Annual statistical returns and brief notes on vaccination in Bengal - 1909-1929
Year: 1909
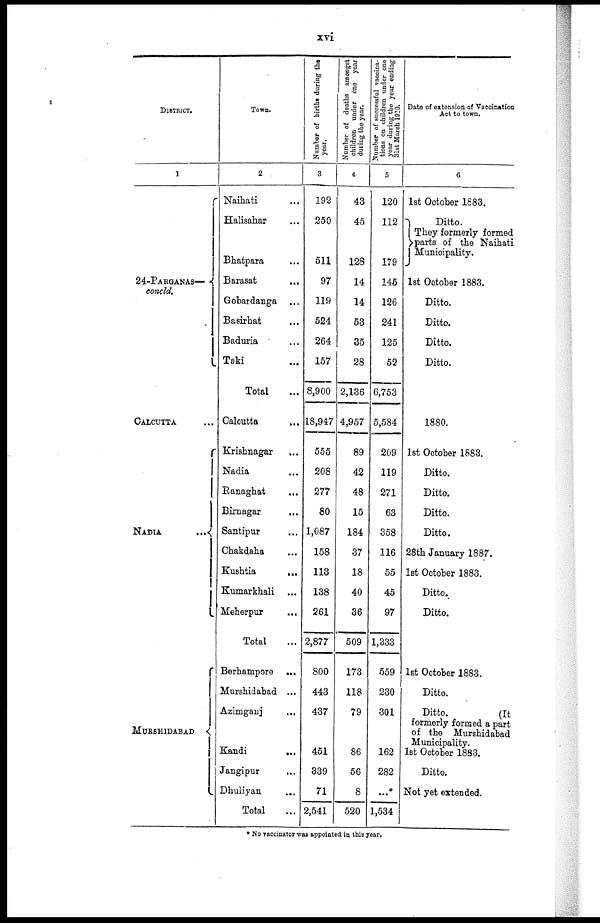
xvi
DISTRICT.
1
24-PARGANAS—
concld.
CALCUTTA
NADU...
MURSHIDABAD...
Town.
2
Naihati... ...
Halisahar... ...
Bhatpara... ...
Barasat... ...
Gobardanga... ...
Basirhat... ...
Baduria... ...
Taki... ...
Total... ...
Calcutta ... ...
Krishnagar... ...
Nadia... ...
Ranaghat... ...
Birnagar... ...
Santipur... ...
Chakdaha... ...
Kushtia...
...
Kumarkhali... ...
Meherpur... ...
Total...
Berhampore... ...
Murshidabad... ...
Azimganj... ...
Kandi...
...
Jangipur...
...
Dhuliyan... ...
Total...
Number of births during the
year.
3
192
250
511
97
119
524
264
157
8,900
18,947
555
208
277
80
1,087
158
113
138
261
2,877
800
443
437
451
339
71
2,541
Number of deaths amongst
children under one year
during the year.
4
43
45
128
14
14
53
35
28
2,136
4,957
89
42
48
15
184
37
18
40
36
509
173
118
79
86
56
8
520
Number of successful vaccina-
tions on children under one
year during the year ending
31st March 1910.
5
120
112
179
145
126
241
125
52
6,753
5,584
209
119
271
63
358
116
55
45
97
1,333
559
230
301
162
282
...*
1,534
Date of extension of Vaccination
Act to town.
6
1st October 1883.
Ditto.
They formerly formed
parts of the Naihati
Municipality.
1st October 1883.
Ditto.
Ditto.
Ditto.
Ditto.
1880.
1st October 1883.
Ditto.
Ditto.
Ditto.
Ditto.
28th January 1887.
1st October 1883.
Ditto.
Ditto.
1st October 1883.
Ditto.
Ditto.
(It
formerly formed a part
of the Murshidabad
Municipality.
1st October 1883.
Ditto.
Not yet extended.
* No vaccinator was appointed in this year.